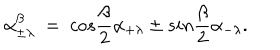
\alpha _ { \pm \lambda } ^ { \beta } ~ = ~ c o s { \frac { \beta } { 2 } } \alpha _ { + \lambda } \pm s i n { \frac { \beta } { 2 } } \alpha _ { - \lambda } .